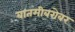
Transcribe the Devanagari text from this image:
बातमीबरोबर